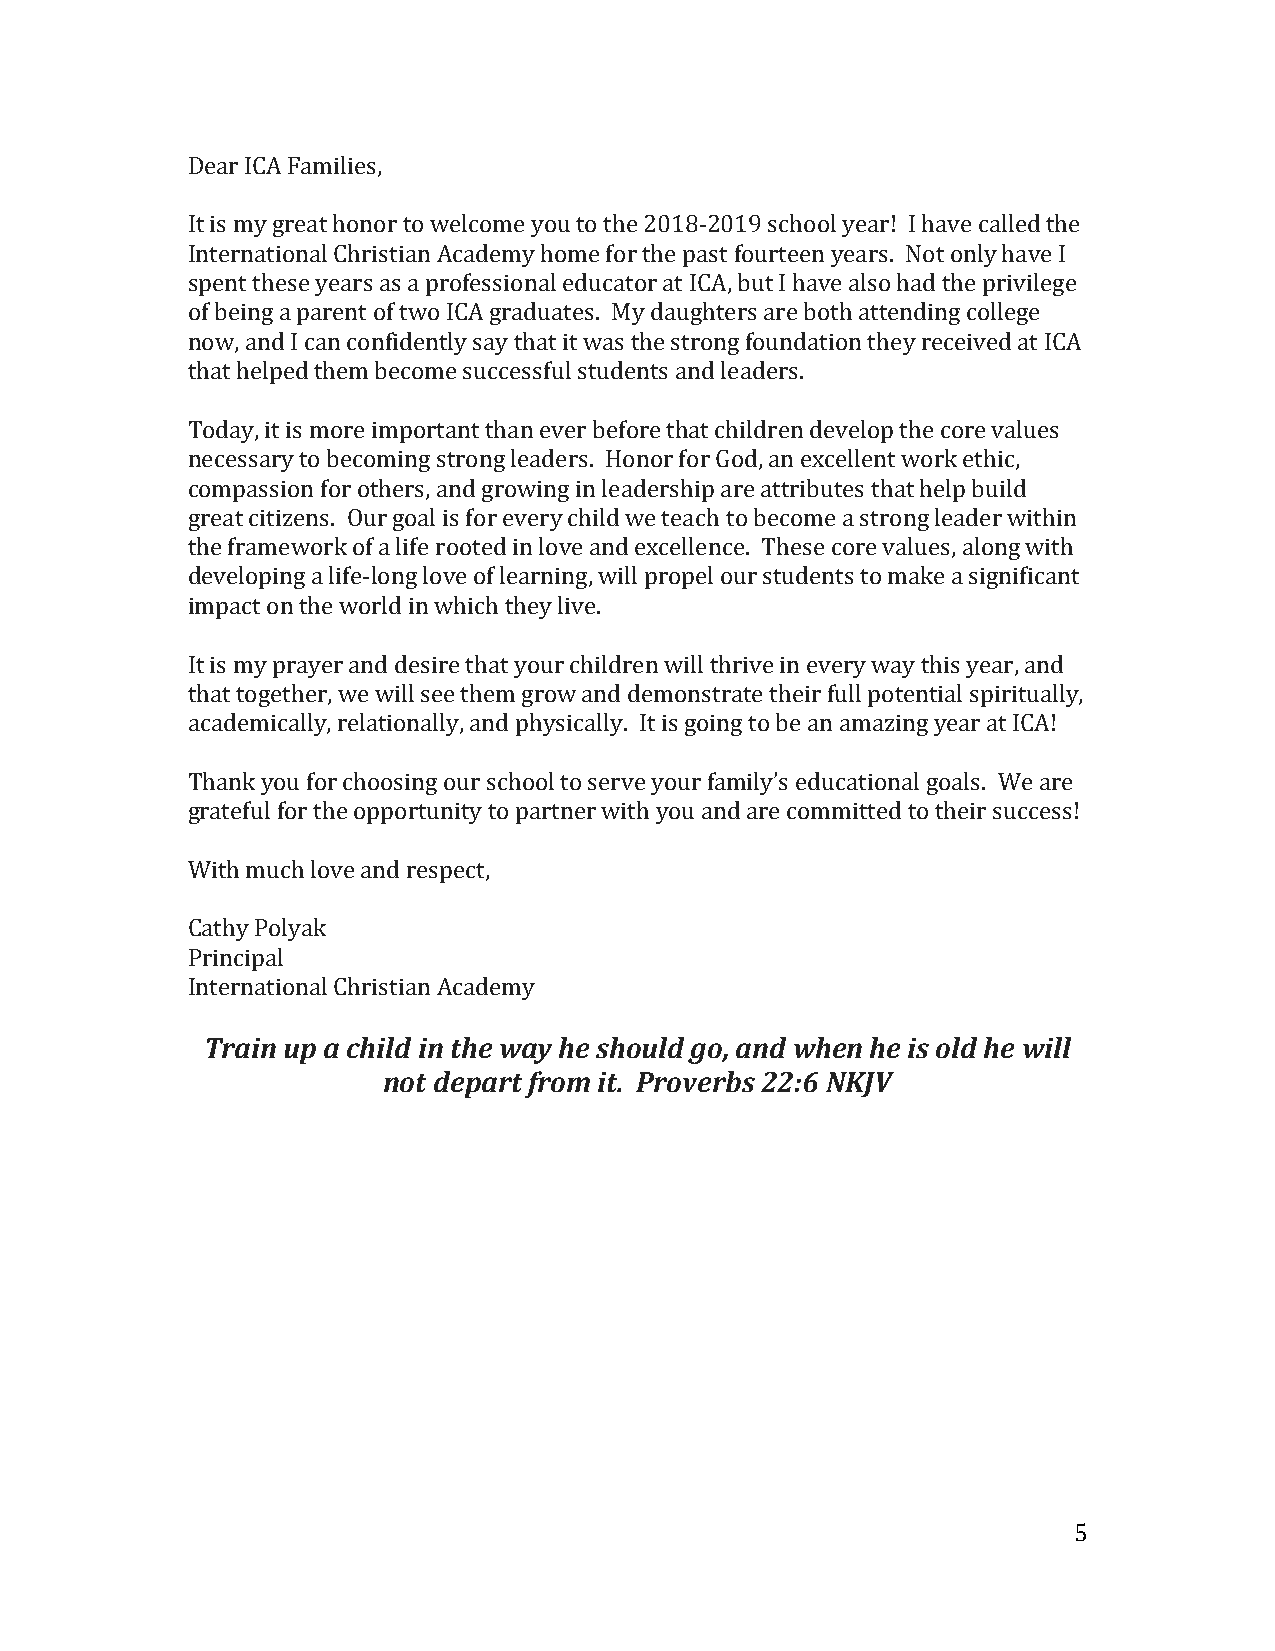
Dear ICA Families,
 It is my great honor to welcome you to the 2018-2019 school year! I have called the
 International Christian Academy home for the past fourteen years. Not only have I
 spent these years as a professional educator at ICA, but I have also had the privilege
 of being a parent of two ICA graduates. My daughters are both attending college
 now, and I can confidently say that it was the strong foundation they received at ICA
 that helped them become successful students and leaders.
 Today, it is more important than ever before that children develop the core values
 necessary to becoming strong leaders. Honor for God, an excellent work ethic,
 compassion for others, and growing in leadership are attributes that help build
 great citizens. Our goal is for every child we teach to become a strong leader within
 the framework of a life rooted in love and excellence. These core values, along with
 developing a life-long love of learning, will propel our students to make a significant
 impact on the world in which they live.
 It is my prayer and desire that your children will thrive in every way this year, and
 that together, we will see them grow and demonstrate their full potential spiritually,
 academically, relationally, and physically. It is going to be an amazing year at ICA!
 Thank you for choosing our school to serve your family’s educational goals. We are
 grateful for the opportunity to partner with you and are committed to their success!
 With much love and respect,
 Cathy Polyak
 Principal
 International Christian Academy
 Train up a child in the way he should go, and when he is old he will
 not depart from it. Proverbs 22:6 NKJV
 5